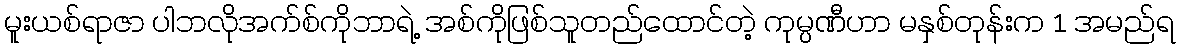
မူးယစ်ရာဇာ ပါဘလိုအက်စ်ကိုဘာရဲ့ အစ်ကိုဖြစ်သူတည်ထောင်တဲ့ ကုမ္ပဏီဟာ မနှစ်တုန်းက 1 အမည်ရ